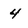
Character: 4